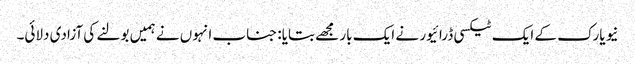
نیو یارک کے ایک ٹیکسی ڈرائیور نے ایک بار مجھے بتایا: جناب انہوں نے ہمیں بولنے کی آزادی دلائی۔